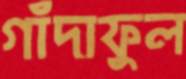
গাঁদাফুল